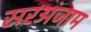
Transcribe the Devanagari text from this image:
सरअंजाम